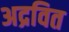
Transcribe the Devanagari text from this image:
अद्रवित